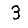
Digit: 3